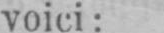
voici: